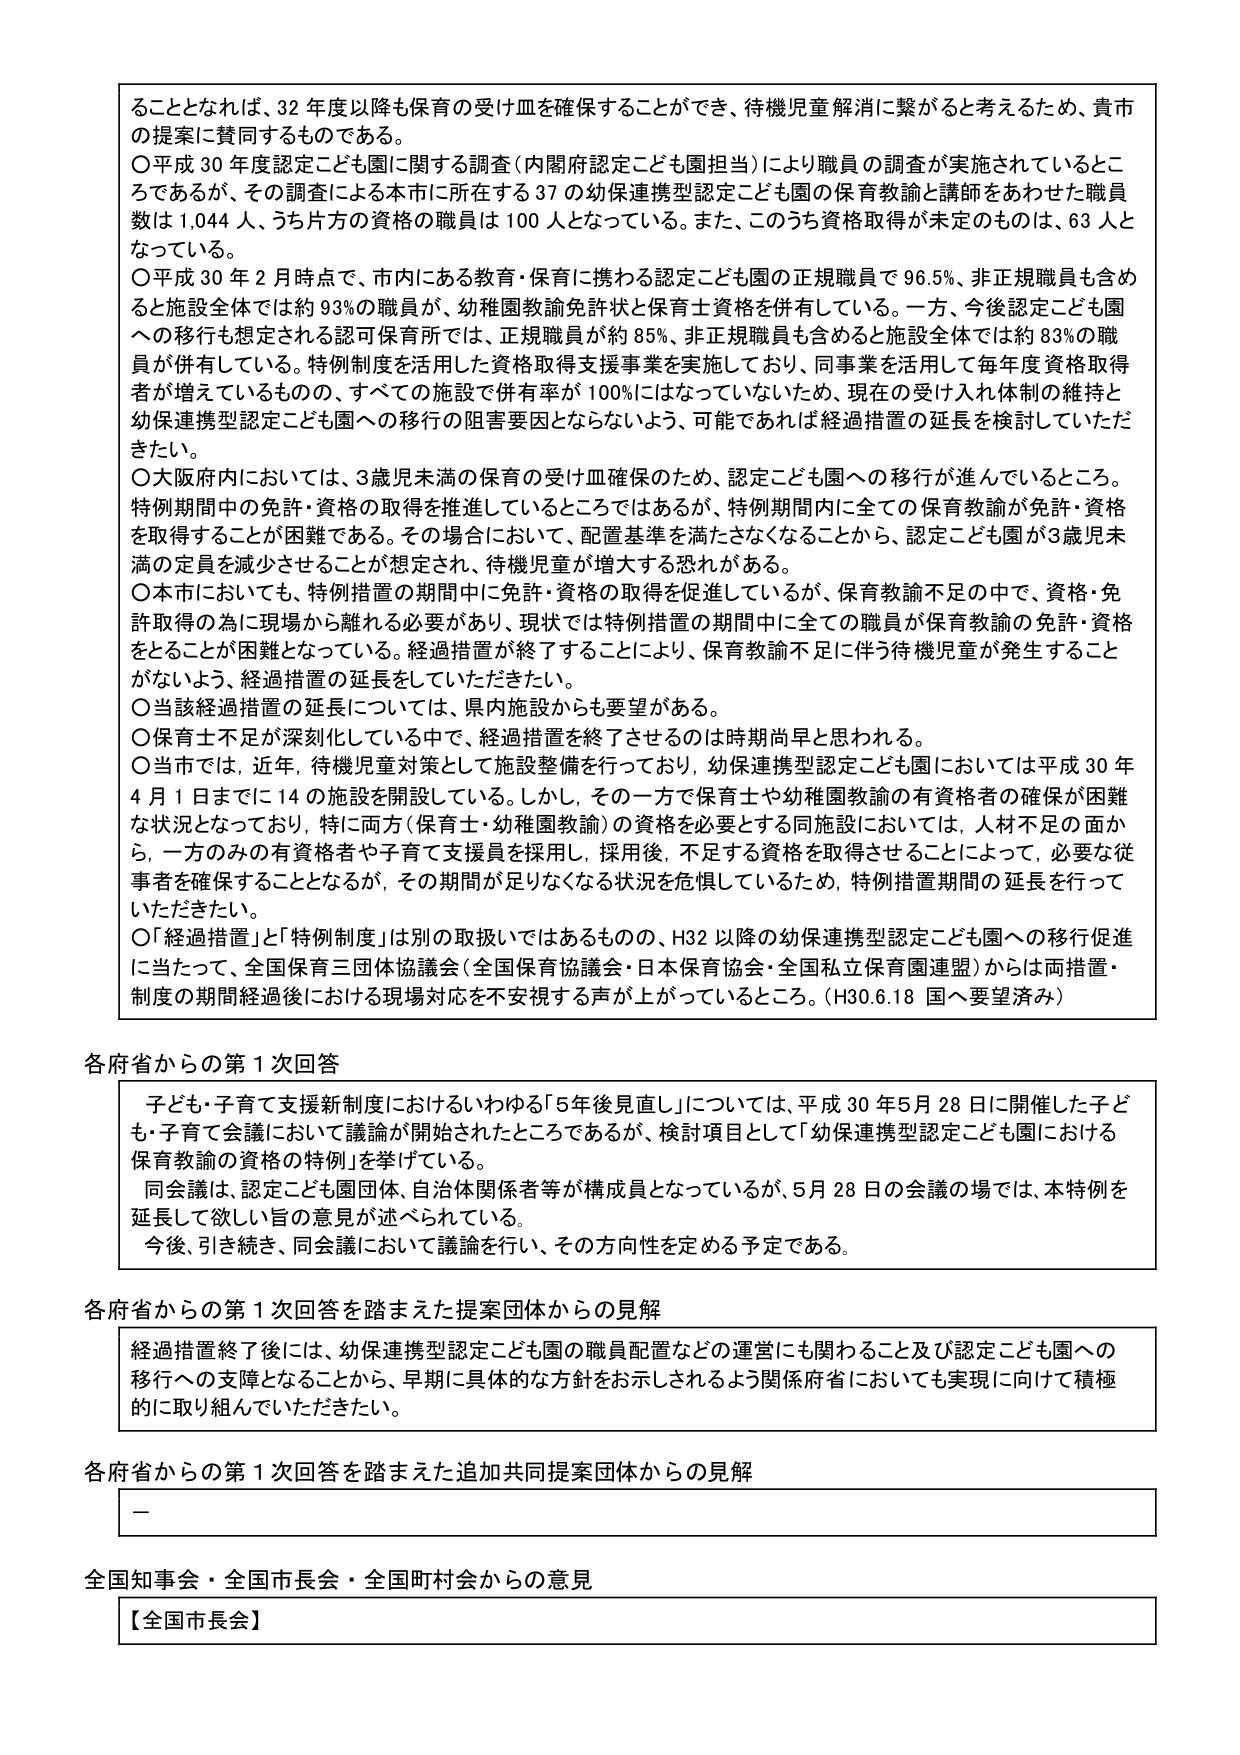
ることとなれば、32年度以降も保育の受け皿を確保することができ、待機児童解消に繋がると考えるため、貴市の提案に賛同するものである。

○平成30年度認定こども園に関する調査（内閣府認定こども園担当）により職員の調査が実施されているところであるが、その調査による本市に所在する37の幼保連携型認定こども園の保育教諭と講師をあわせた職員数は1,044人、うち片方の資格の職員は100人となっている。また、このうち資格取得が未定のものは、63人となっている。

○平成30年2月時点で、市内にある教育・保育に携わる認定こども園の正規職員で96.5％、非正規職員も含めると施設全体では約93％の職員が、幼稚園教諭免許状と保育士資格を併有している。一方、今後認定こども園への移行も想定される認可保育所では、正規職員が約85％、非正規職員も含めると施設全体では約83％の職員が併有している。特例制度を活用した資格取得支援事業を実施しており、同事業を活用して毎年度資格取得者が増えているものの、すべての施設で併有率が100％にはなっていないため、現在の受け入れ体制の維持と幼保連携型認定こども園への移行の阻害要因とならないよう、可能であれば経過措置の延長を検討していただきたい。

○大阪府内においては、3歳児未満の保育の受け皿確保のため、認定こども園への移行が進んでいるところ。特例期間中の免許・資格の取得を推進しているところではあるが、特例期間内に全ての保育教諭が免許・資格を取得することが困難である。その場合において、配置基準を満たさなくなることから、認定こども園が3歳児未満の定員を減少させることが想定され、待機児童が増大する恐れがある。

○本市においても、特例措置の期間中に免許・資格の取得を促進しているが、保育教諭不足の中で、資格・免許取得の為に現場から離れる必要があり、現状では特例措置の期間中に全ての職員が保育教諭の免許・資格をとることが困難となっている。経過措置が終了することにより、保育教諭不足に伴う待機児童が発生することがないよう、経過措置の延長をしていただきたい。

○当該経過措置の延長については、県内施設からも要望がある。

○保育士不足が深刻化している中で、経過措置を終了させるのは時期尚早と思われる。

○当市では、近年、待機児童対策として施設整備を行っており、幼保連携型認定こども園においては平成30年4月1日までに14の施設が開設している。しかし、その一方で保育士や幼稚園教諭の有資格者の確保が困難な状況となっており、特に両方（保育士・幼稚園教諭）の資格を必要とする同施設においては、人材不足の面から、一方のみの有資格者や子育て支援員を採用し、採用後、不足する資格を取得させることによって、必要な従事者を確保することとなるが、その期間が足りなくなる状況を危惧しているため、特例措置期間の延長を行っていただきたい。

○「経過措置」と「特例制度」は別の取扱いではあるものの、H32以降の幼保連携型認定こども園への移行促進に当たって、全国保育三団体協議会（全国保育協議会・日本保育協会・全国私立保育園連盟）からは両措置・制度の期間経過後における現場対応を不安視する声が上がっているところ。（H30.6.18 国へ要望済み）

各府省からの第1次回答

子ども・子育て支援新制度におけるいわゆる「5年後見直し」については、平成30年5月28日に開催した子ども・子育て会議において議論が開始されたところであるが、検討項目として「幼保連携型認定こども園における保育教諭の資格の特例」を挙げている。

同会議は、認定こども園団体、自治体関係者等が構成員となっているが、5月28日の会議の場では、本特例を延長して欲しい旨の意見が述べられている。

今後、引き続き、同会議において議論を行い、その方向性を定める予定である。

各府省からの第1次回答を踏まえた提案団体からの見解

経過措置終了後には、幼保連携型認定こども園の職員配置などの運営にも関わること及び認定こども園への移行への支障となることから、早期に具体的な方針をお示しされるよう関係府省においても実現に向けて積極的に取り組んでいただきたい。

各府省からの第1次回答を踏まえた追加共同提案団体からの見解

—

全国知事会・全国市長会・全国町村会からの意見

【全国市長会】